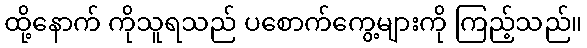
ထို့နောက် ကိုသူရသည် ပစောက်ကွေ့များကို ကြည့်သည်။